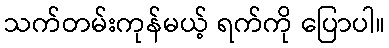
သက်တမ်းကုန်မယ့် ရက်ကို ပြောပါ။